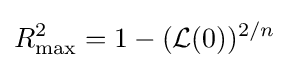
R_{\max }^{2}=1-({\mathcal {L}}(0))^{2/n}